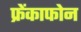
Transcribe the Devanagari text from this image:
फ्रेंकाफोन